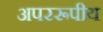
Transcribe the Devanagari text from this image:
अपररूपीय